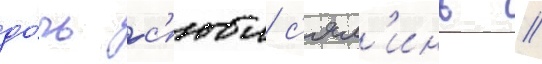
до́чь с'юи с'ял'инь //